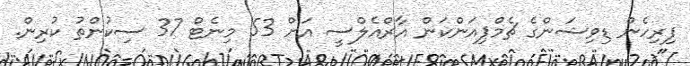
ފިރިހެން ޑިވިޝަންގެ ޗެމްޕިއަންކަން އާރްއެލްސީ އަށް 53 މިނެޓް 37 ސިކުންތު ކުރިން.